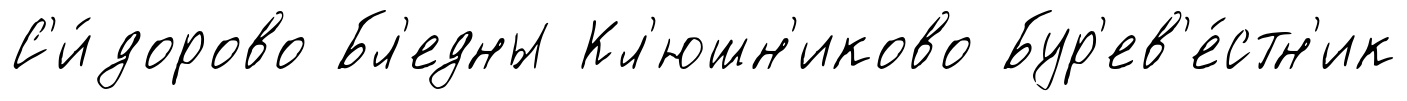
С'и́дорово Бл'едны Кл'юшн'иково Бур'ев'е́стн'ик